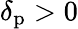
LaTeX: \delta_{\mathrm{p}}>0